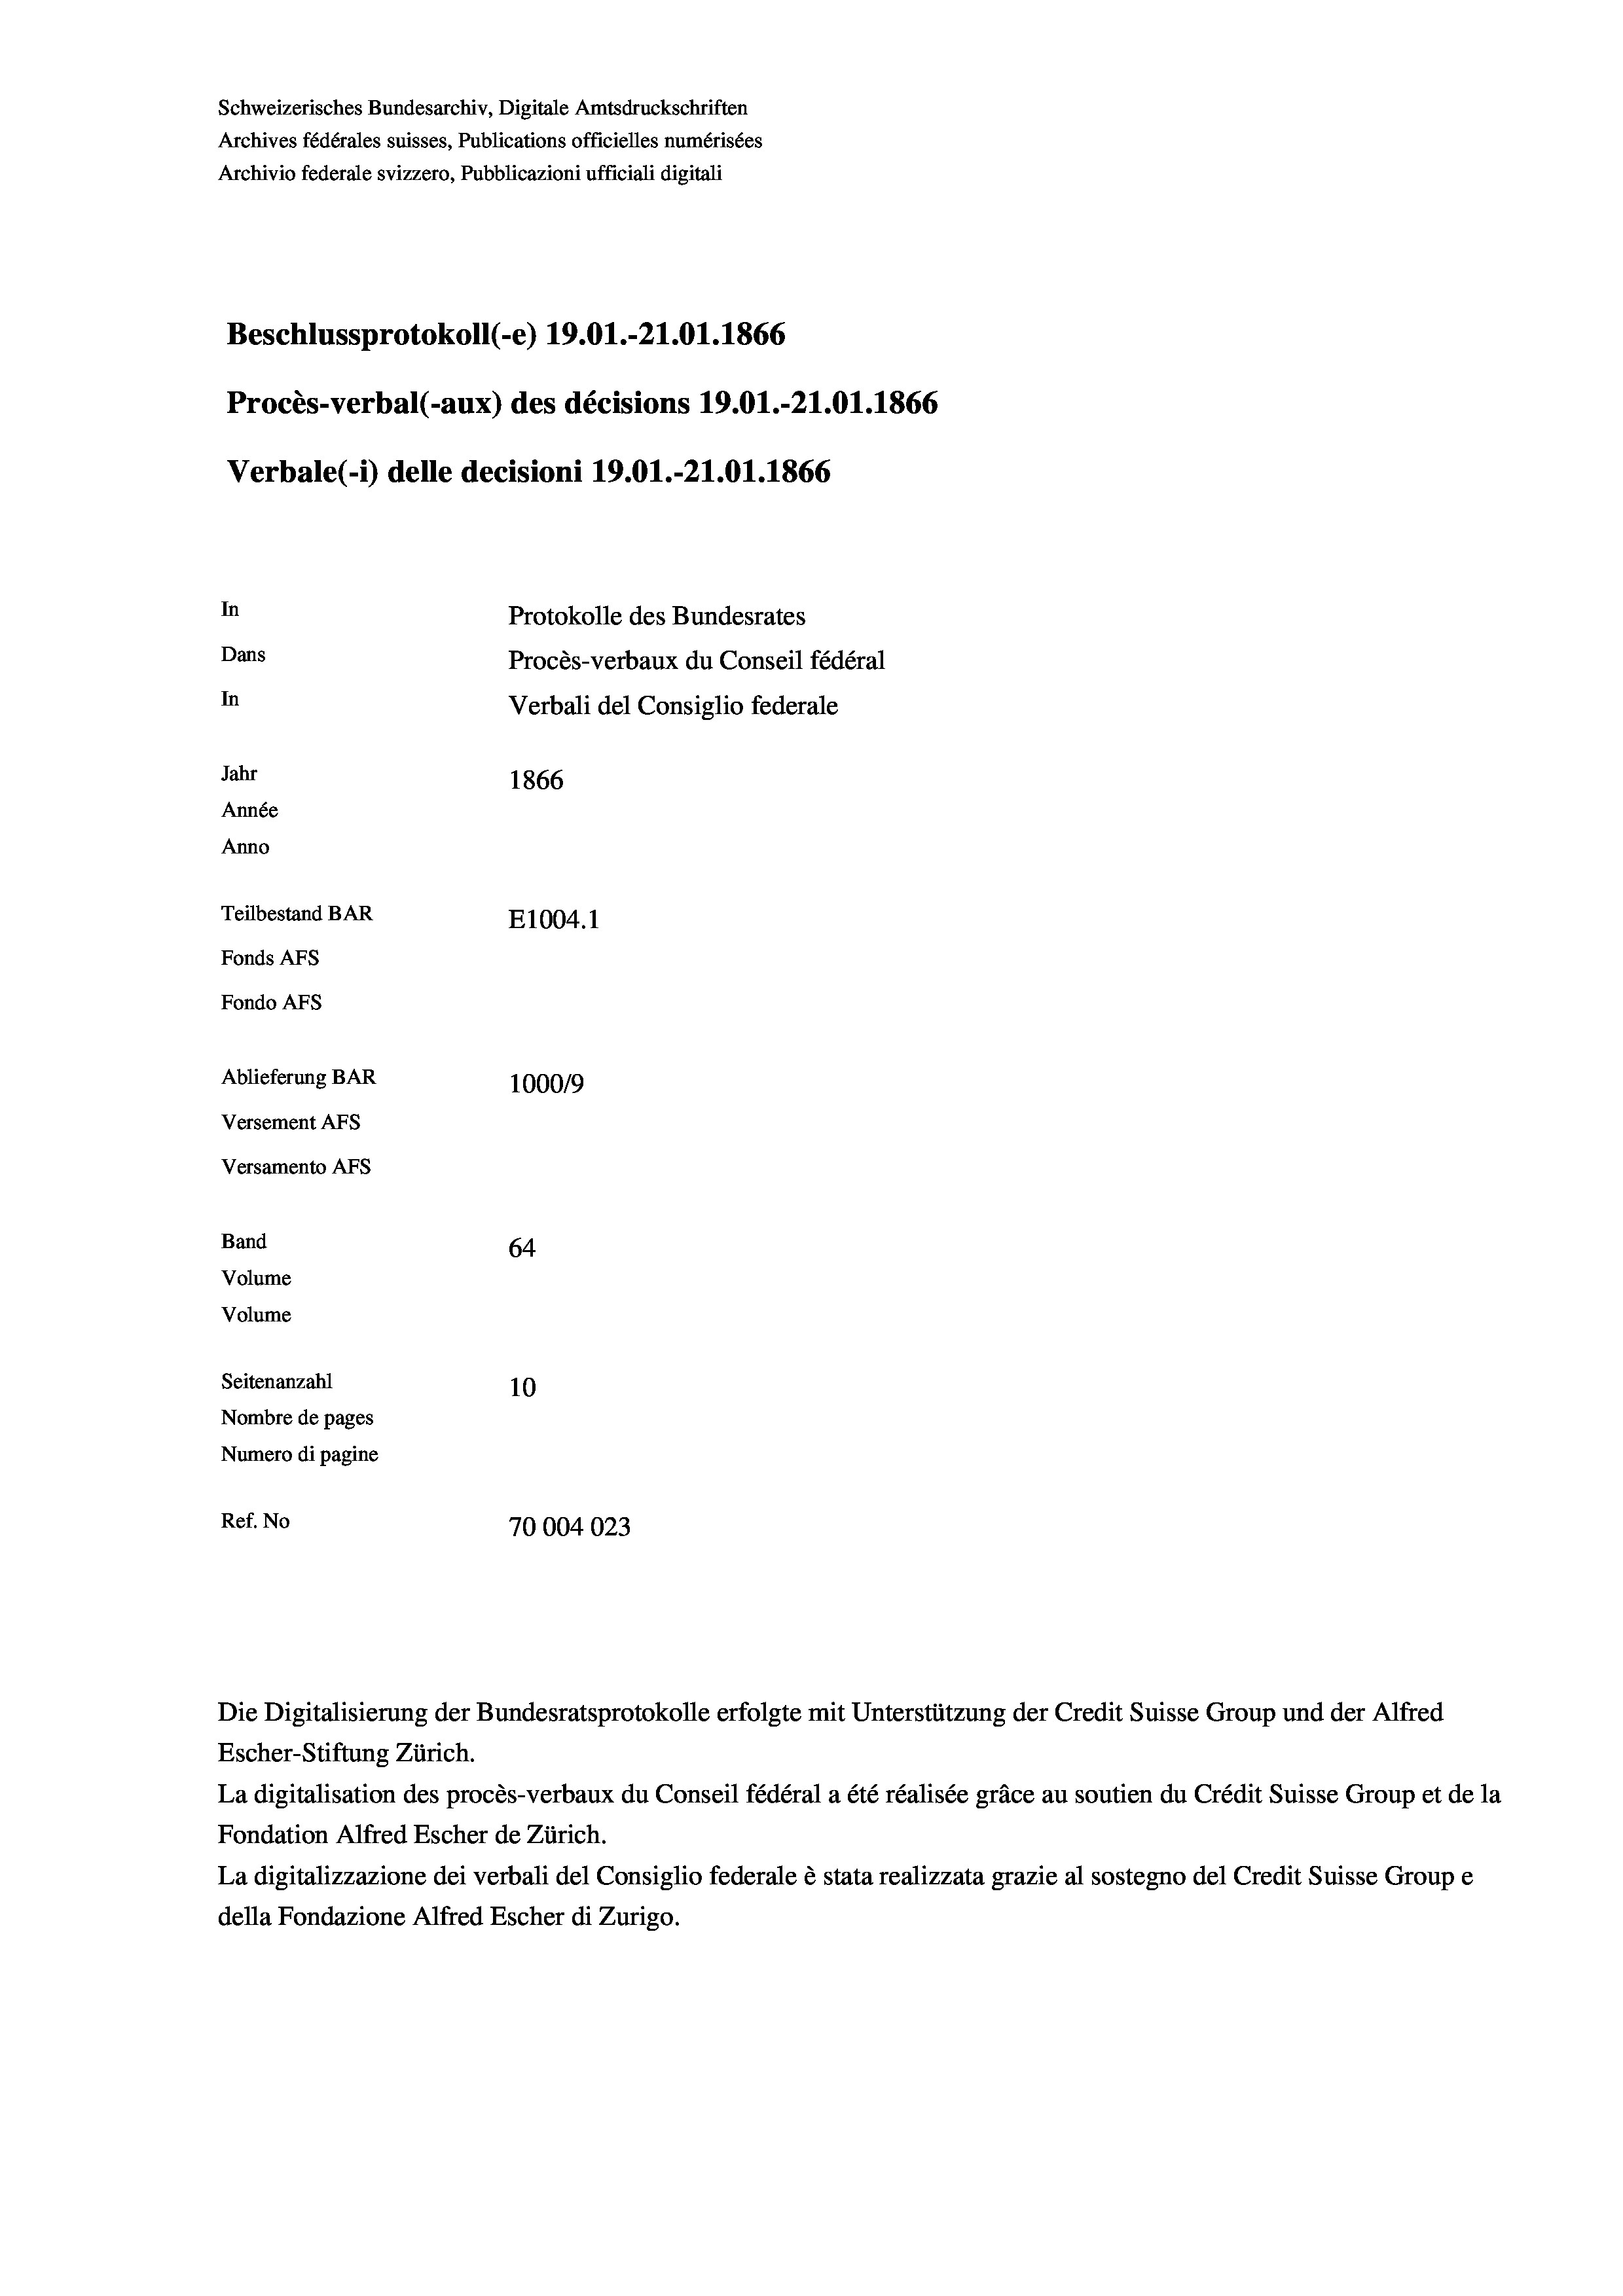
Schweizerisches Bundesarchiv, Digitale Amtsdruckschriften
Archives fédérales suisses, Publications officielles numérisées
Archivio federale svizzero, Pubblicazioni ufficiali digitali
Beschlussprotokoll (-e) 19.01.-21.01.1866
Procès-verbal (-aux) des décisions 19.01.-21.01. 1866
Verbale (i) delle decisioni 19.01.-21.01. 1866
In
Protokolle des Bundesrates
Dans
Procès-verbaux du Conseil fédéral
In
Verbali del Consiglio federale
Jahr
1866
Année
Anno
Teilbestand BAR
E1004. 1
Fonds AFs
Fondo Afs
Ablieferung BAR
100019
Versement AFs
Versamento Afs
Band
64
Volume
Volume
Seitenanzahl
10

Nombre de pages
Numero di pagine
Ref. No
70004023

Escher-Stiftung Zürich.
La digitalisation des procès-verbaux du Conseil fédéral a été réalisée gräce au soutien du Crédit Suisse Group et de la
Fondation Alfred Escher de Zürich.
La digitalizzazione dei verbali del Consiglio federale è stata realizzata grazie al sostegno del Credit Suisse Groupe
della Fondazione Alfred Escher di Zurigo.

Die Digitalisierung der Bundesratsprotokolle erfolgte mit Unterstützung der Credit Suisse Group und der Alfred